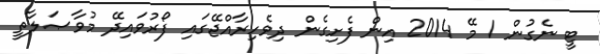
ޓީ ނެގުން 1 މޭ 2014 އިން ފެށިގެން ދިވެހިރާއްޖޭގައި ފޯރުވައިދޭ މުވާޞަލާތީ